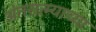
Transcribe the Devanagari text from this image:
अंतरात्म्याच्या